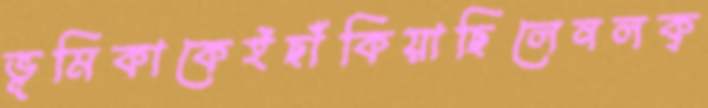
ভূমিকাকেইছাঁকিয়াছিলেনলক্